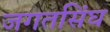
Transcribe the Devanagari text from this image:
जगतसिंघ